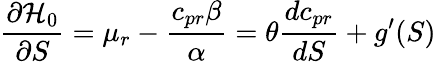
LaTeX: \frac{\partial{\cal H}_{0}}{\partial S}=\mu_{r}-\frac{c_{pr}\beta}{\alpha}=\theta\frac{dc_{pr}}{dS}+g^{\prime}(S)